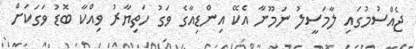
ޖެއްސުމުގައި ލާމަސީލު ނަމޫނާ އެކޭ އިންޑިއާގެ ވަގު ހަތިޔާރު ވިއްކާ ބޮޑު ވަގަކަށް